Insane asylums in Bengal annual reports 1867-1875 - 1867-1875
Year: 1867
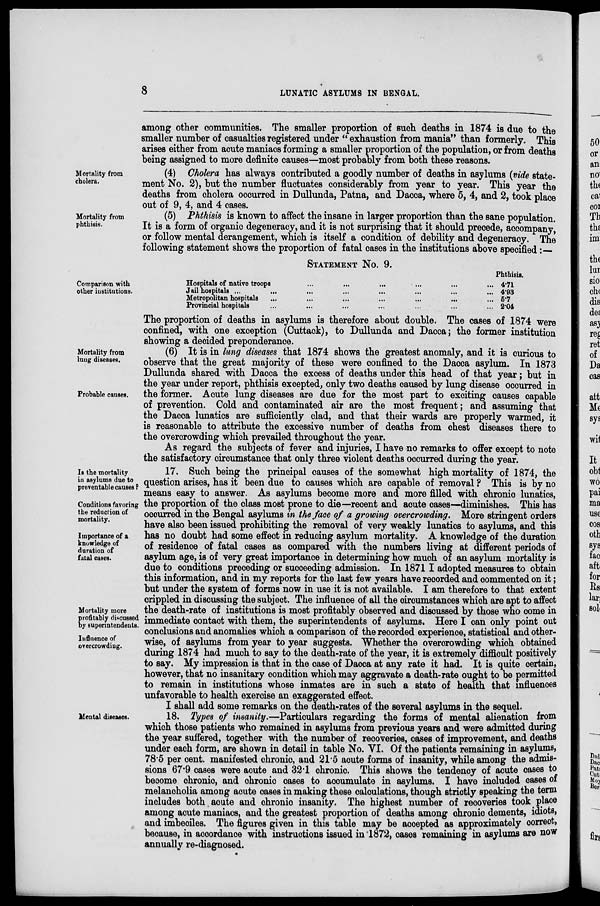
8
LUNATIC ASYLUMS IN BENGAL.
among other communities. The smaller proportion of such deaths in 1874 is due to the
smaller number of casualties registered under " exhaustion from mania" than formerly. This
arises either from acute maniacs forming a smaller proportion of the population, or from deaths
being assigned to more definite causes—most probably from both these reasons.
Mortality from
cholera.
(4) Cholera has always contributed a goodly number of deaths in asylums (vide state-
ment No. 2), but the number fluctuates considerably from year to year. This year the
deaths from cholera occurred in Dullunda, Patna, and Dacca, where 5, 4, and 2, took place
out of 9, 4, and 4 cases.
Mortality from
phthisis.
(5) Phthisis is known to affect the insane in larger proportion than the sane population.
It is a form of organic degeneracy, and it is not surprising that it should precede, accompany,
or follow mental derangement, which is itself a condition of debility and degeneracy. The
following statement shows the proportion of fatal cases in the institutions above specified :—
Comparison with
other institutions.
STATEMENT No. 9.
Hospitals of native troops ... ... ... ... ... ... ...
Jail hospitals ... ... ... ... ... ... ... ...
Metropolitan hospitals ... ... ... ... ... ... ...
Provincial hospitals ... ... ... ... ... ... ...
Phthisis.
4.71
4.93
5.7
2.04
The proportion of deaths in asylums is therefore about double. The cases of 1874 were
confined, with one exception (Cuttack), to Dullunda and Dacca; the former institution
showing a decided preponderance.
Mortality from
lung diseases.
Probable causes.
(6) It is in lung diseases that 1874 shows the greatest anomaly, and it is curious to
observe that the great majority of these were confined to the Dacca asylum. In 1873
Dullunda shared with Dacca the excess of deaths under this head of that year; but in
the year under report, phthisis excepted, only two deaths caused by lung disease occurred in
the former. Acute lung diseases are due for the most part to exciting causes capable
of prevention. Cold and contaminated air are the most frequent; and assuming that
the Dacca lunatics are sufficiently clad, and that their wards are properly warmed, it
is reasonable to attribute the excessive number of deaths from chest diseases there to
the overcrowding which prevailed throughout the year.
As regard the subjects of fever and injuries, I have no remarks to offer except to note
the satisfactory circumstance that only three violent deaths occurred during the year.
Is the mortality
in asylums due to
preventable causes ?
Conditions favoring
the reduction of
mortality.
Importance of a
knowledge of
duration of
fatal cases.
Mortality more
profitably discussed
by superintendents.
Influence of
overcrowding.
17. Such being the principal causes of the somewhat high mortality of 1874, the
question arises, has it been due to causes which are capable of removal ? This is by no
means easy to answer. As asylums become more and more filled with chronic lunatics,
the proportion of the class most prone to die—recent and acute cases—diminishes. This has
occurred in the Bengal asylums in the face of a growing overcrowding. More stringent orders
have also been issued prohibiting the removal of very weakly lunatics to asylums, and this
has no doubt had some effect in reducing asylum mortality. A knowledge of the duration
of residence of fatal cases as compared with the numbers living at different periods of
asylum age, is of very great importance in determining how much of an asylum mortality is
due to conditions preceding or succeeding admission. In 1871 I adopted measures to obtain
this information, and in my reports for the last few years have recorded and commented on it;
but under the system of forms now in use it is not available. I am therefore to that extent
crippled in discussing the subject. The influence of all the circumstances which are apt to affect
the death-rate of institutions is most profitably observed and discussed by those who come in
immediate contact with them, the superintendents of asylums. Here I can only point out
conclusions and anomalies which a comparison of the recorded experience, statistical and other-
wise, of asylums from year to year suggests. Whether the overcrowding which obtained
during 1874 had much to say to the death-rate of the year, it is extremely difficult positively
to say. My impression is that in the case of Dacca at any rate it had. It is quite certain,
however, that no insanitary condition which may aggravate a death-rate ought to be permitted
to remain in institutions whose inmates are in such a state of health that influences
unfavorable to health exercise an exaggerated effect.
I shall add some remarks on the death-rates of the several asylums in the sequel.
Mental diseases.
18. Types of insanity.—Particulars regarding the forms of mental alienation from
which those patients who remained in asylums from previous years and were admitted during
the year suffered, together with the number of recoveries, cases of improvement, and deaths
under each form, are shown in detail in table No. VI. Of the patients remaining in asylums,
78.5 per cent. manifested chronic, and 21.5 acute forms of insanity, while among the admis-
sions 67.9 cases were acute and 32.1 chronic This shows the tendency of acute cases to
become chronic, and chronic cases to accumulate in asylums. I have included cases of
melancholia among acute cases in making these calculations, though strictly speaking the term
includes both acute and chronic insanity. The highest number of recoveries took place
among acute maniacs, and the greatest proportion of deaths among chronic dements, idiots,
and imbeciles. The figures given in this table may be accepted as approximately correct,
because, in accordance with instructions issued in 1872, cases remaining in asylums are now
annually re-diagnosed.